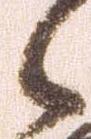
々